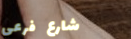
شارع فرعي